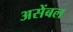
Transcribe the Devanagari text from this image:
असेंबल